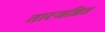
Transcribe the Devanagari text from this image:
तारजडित